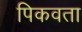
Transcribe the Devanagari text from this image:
पिकवता